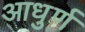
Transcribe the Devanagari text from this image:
आधुर्ण